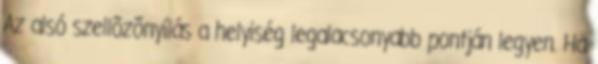
Az alsó szellõzõnyílás a helyiség legalacsonyabb pontján legyen. Ha